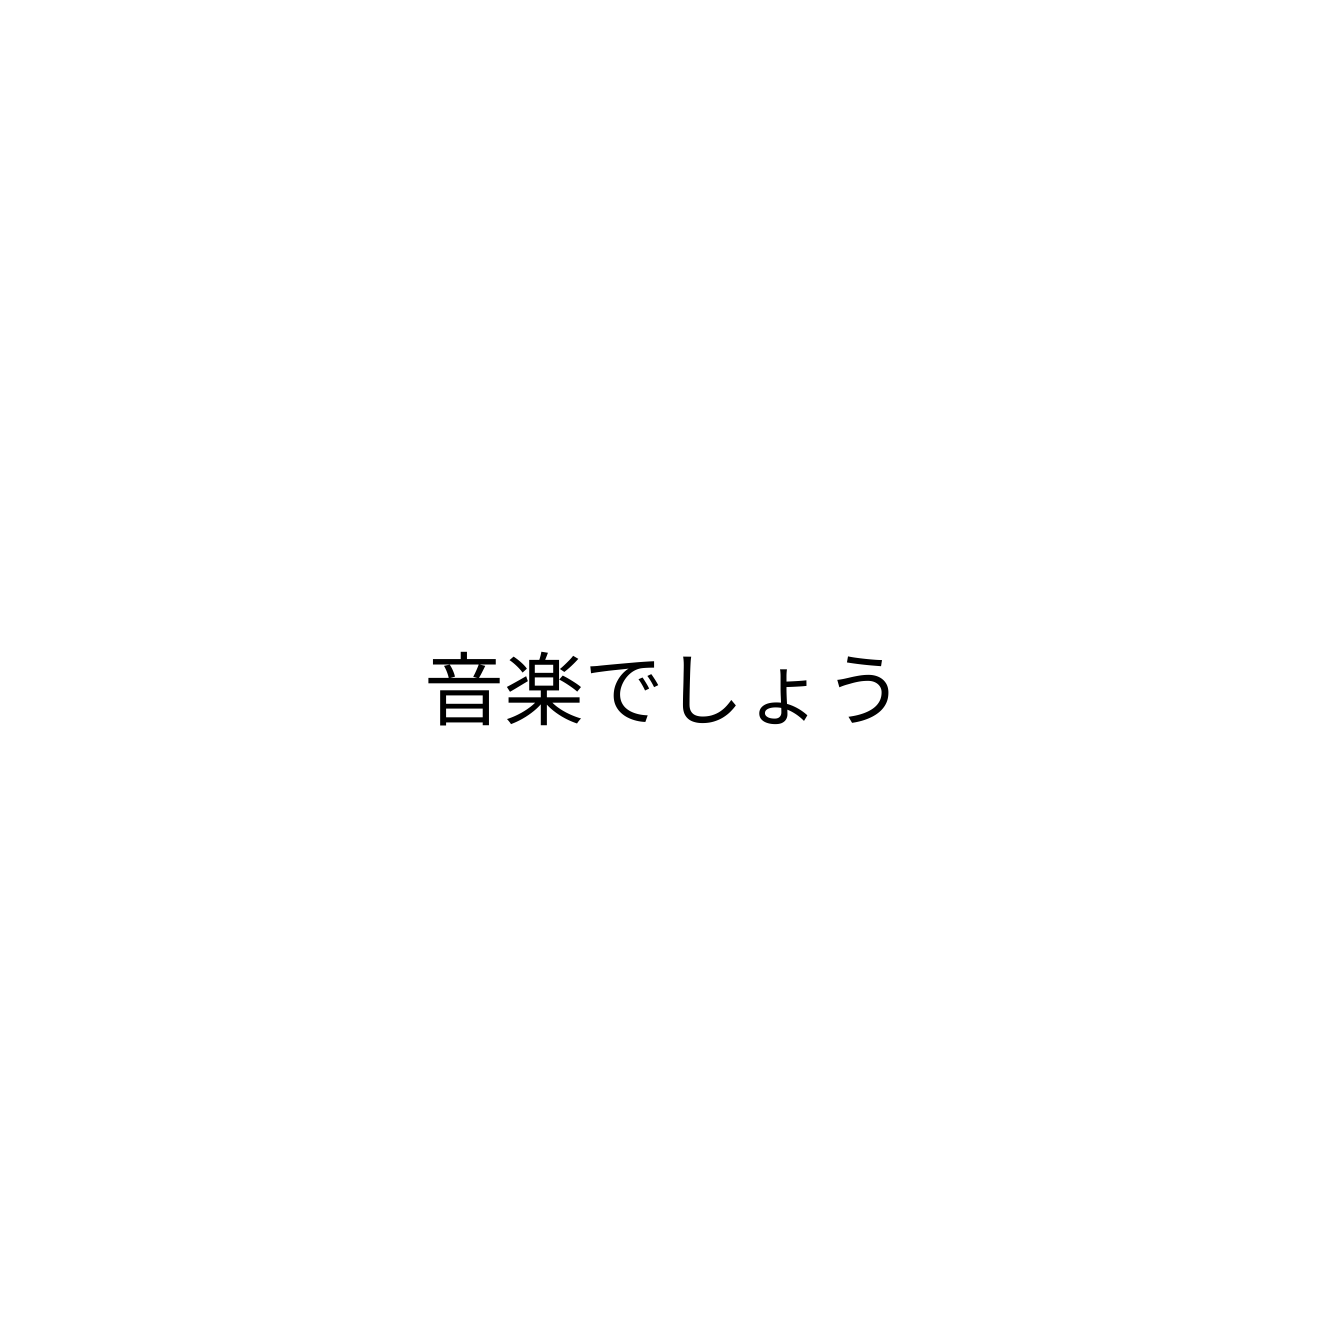
音楽でしょう